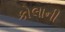
કોલાની